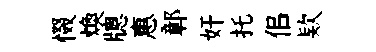
惙煥牕惠鄣奸托佀欵